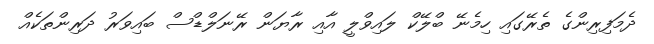
ދެމަފިރިންގެ ތެރޭގައި ހިމެނޭ ބްލޭކް ލައިވްލީ އާއި ރާޔަން ރޭނަލްޑްސް ބައިވަރު ދަރިންތަކެއް